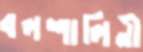
বলশালিনী